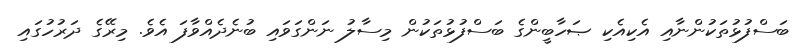
ބަސްފުޅުތަކުންނާއި އެކިއެކި ޞަހާބީންގެ ބަސްފުޅުތަކުން މިސާލު ނަންގަވައި ބުނެދެއްވާފަ އެވެ. މިރޭގެ ދަރުހުގައި